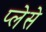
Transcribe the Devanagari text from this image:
प्लेसे